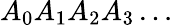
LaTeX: A_{0}A_{1}A_{2}A_{3}\dots